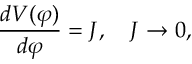
\frac { d { \cal V } ( \varphi ) } { d \varphi } = J , \quad J \to 0 ,